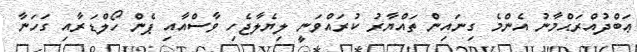
ޢަބްދުއްރަޙްމާނު އެންމެ ގިނައިން ތައްޔާރު ކުރައްވަނީ ލިޔެލާޖެހި ވާސްއާއި ޕެން ހޯލްޑަރާއި ގަހަނާ